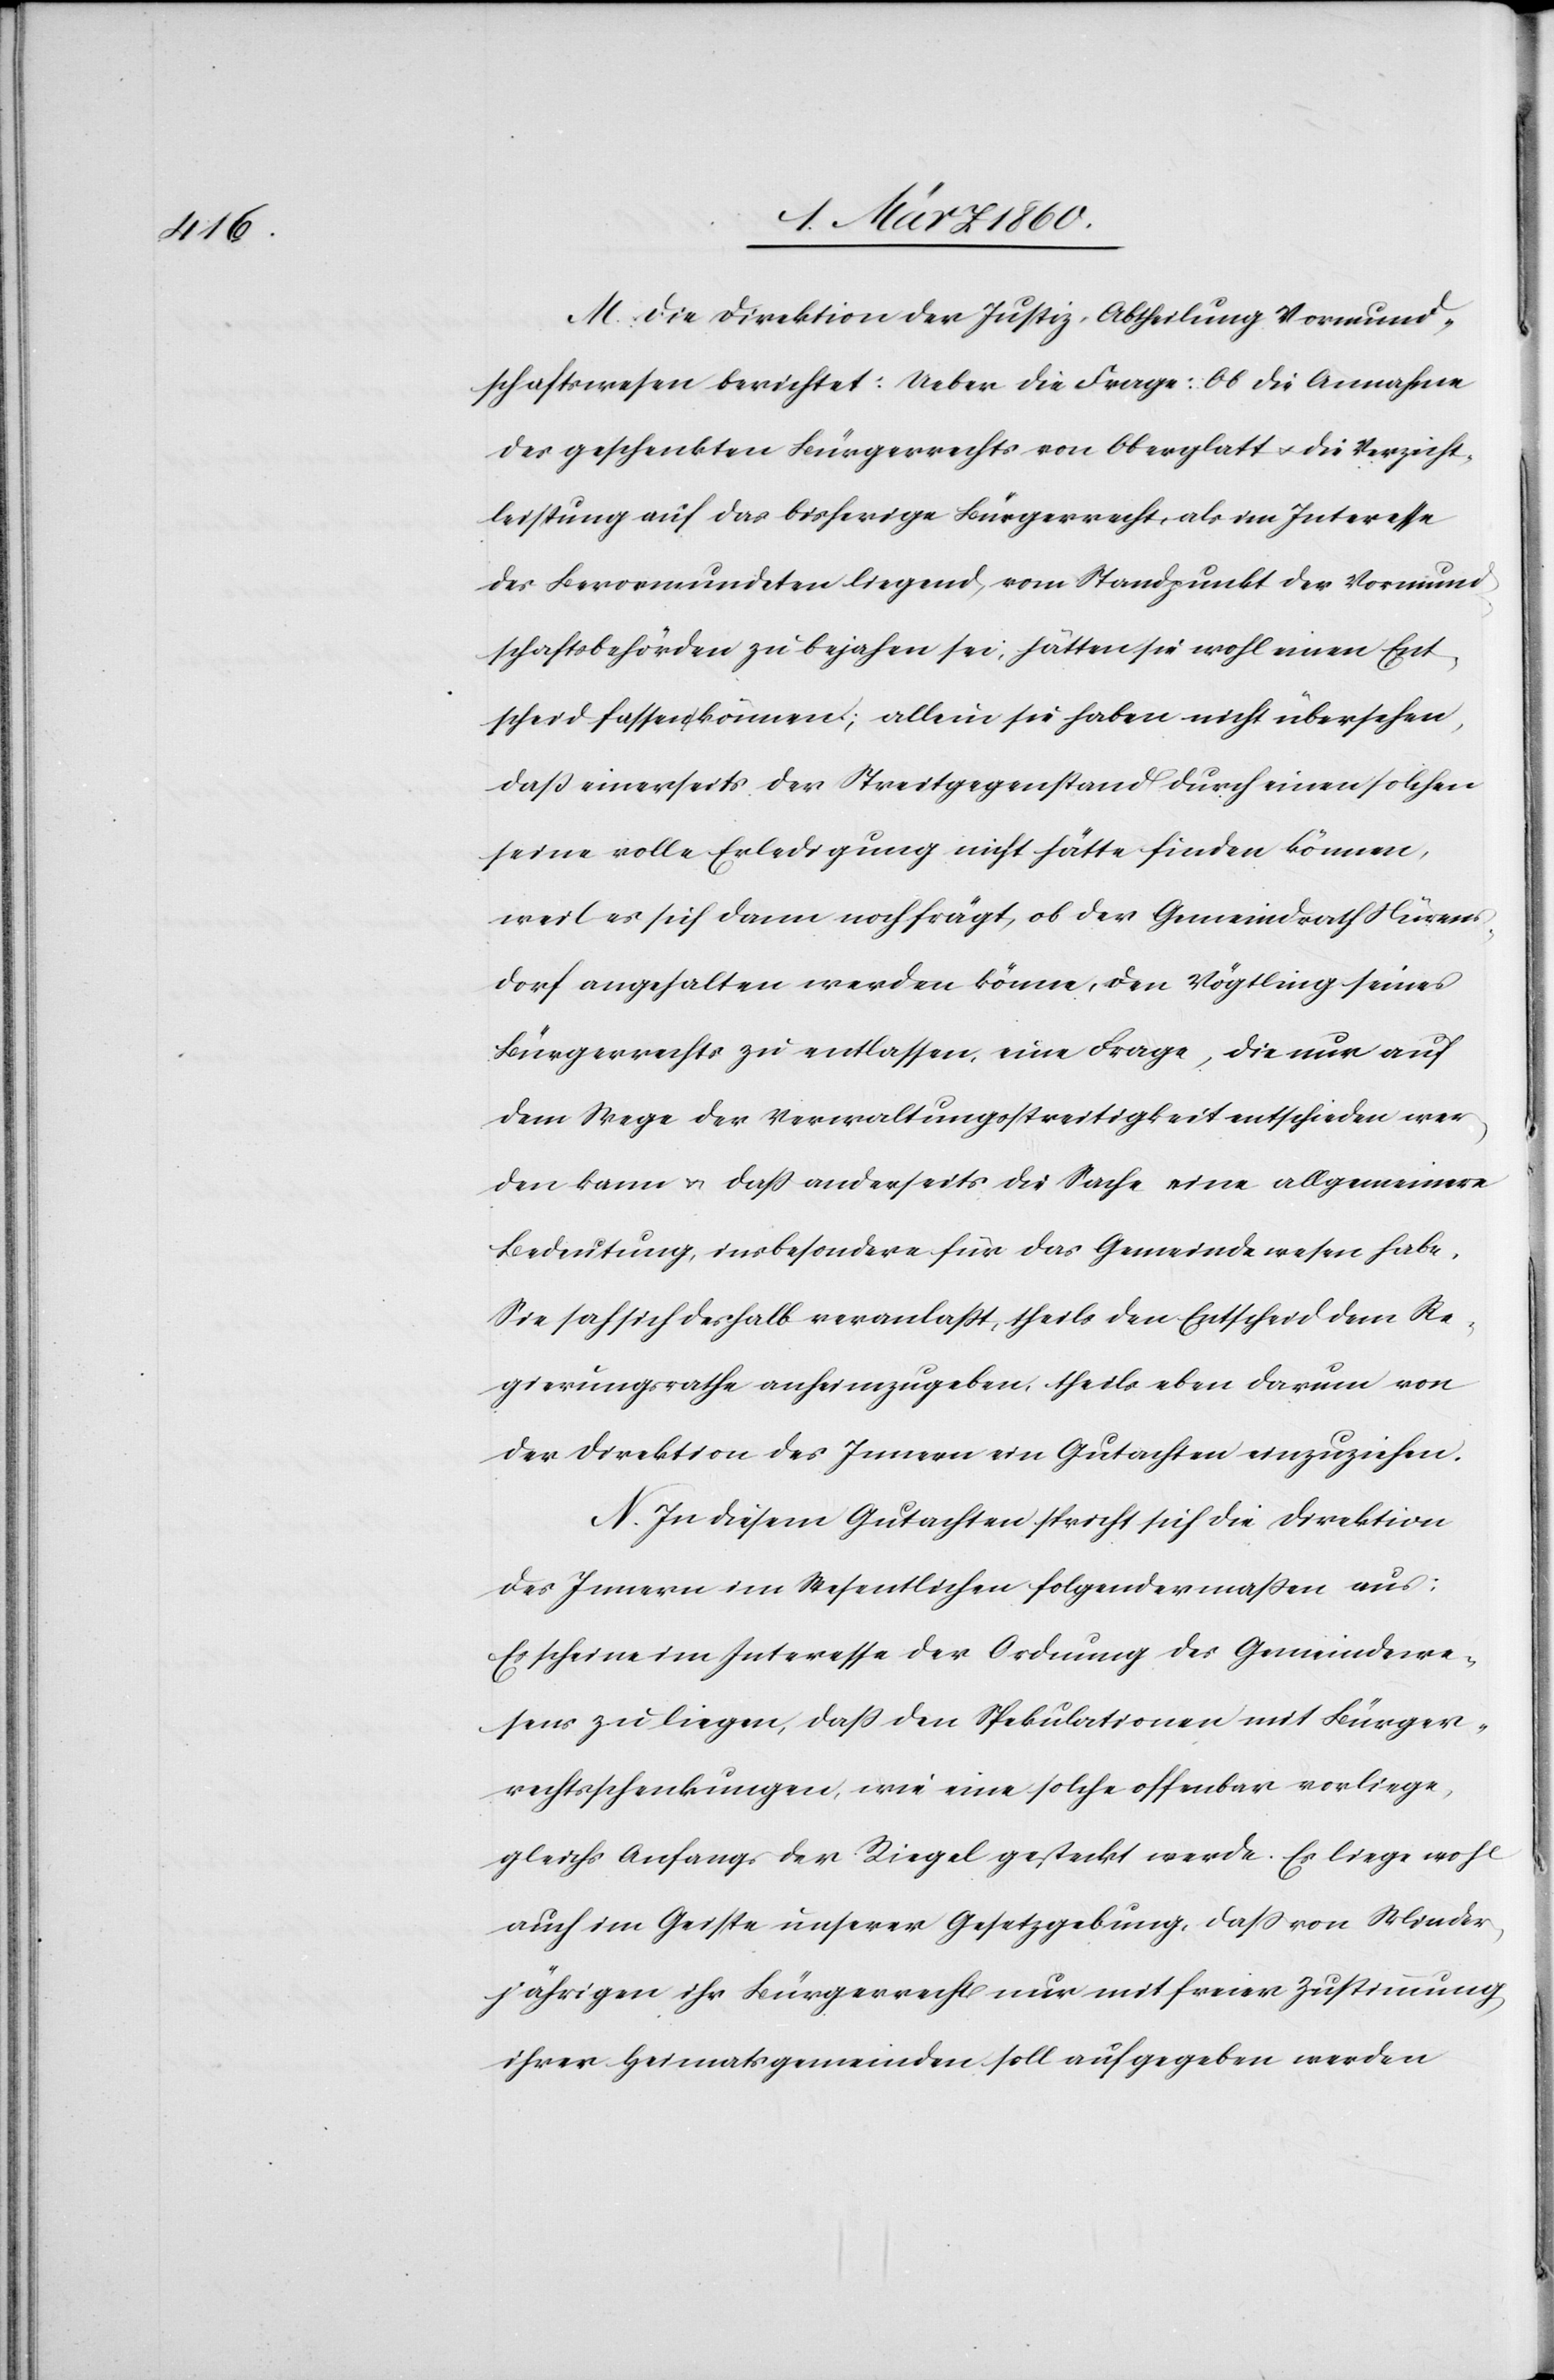
M. Die Direktion der Justiz, Abtheilung Vormund¬
schaftswesen beichtet: Ueber die Frage: Ob die Annahme
des geschenkten Bürgerrechts von Oberglatt u. die Verzicht¬
leistung auf das bisherige Bürgerrecht, als im Interesse
des Bevormundeten liegend, vom Standpunkt der Vormund¬
schaftsbehörden zu bejahen sei, hätten sie wohl einen Ent¬
scheid fassen können; allein sie haben nicht übersehen,
dass einerseits der Streitgegenstand durch einen solchen
seine volle Erledigung nicht hätte finden können,
weil es sich dann noch frägt, ob der Gemeindrath Nürens¬
dorf angehalten werden könne, den Vögtling seines
Bürgerrechts zu entlassen, eine Frage, die nur auf
dem Wege der Verwaltungsstreitigkeit entschieden wer¬
den kann u. dass anderseits die Sache eine allgemeinere
Bedeutung, insbesondere für das Gemeindewesen habe.
Sie sah sich deshalb veranlasst, theils den Entscheid dem Re¬
gierungsrathe anheimzugeben, theils eben darum von
der Direktion des Innern ein Gutachten einzuziehen.
N. In diesem Gutachten spricht sich die Direktion
des Innern im Wesentlichen folgendermassen aus:
Es scheine im Interesse der Ordnung des Gemeindewe¬
sens zu liegen, dass den Spekulationen mit Bürger¬
rechtsschenkungen, wie eine solche offenbar vorliege,
gleichs Anfangs der Riegel gesteckt werde. Es liege wohl
auch im Geiste unserer Gesetzgebung, dass von Minder¬
jährigen ihr Bürgerrecht nur mit freier Zustimmung
ihrer Heimatsgemeinden soll aufgegeben werden